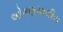
ઓગણચાલીસ